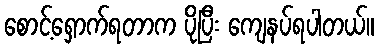
စောင့်ရှောက်ရတာက ပိုပြီး ကျေနပ်ရပါတယ်။